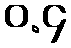
ဝ.၄